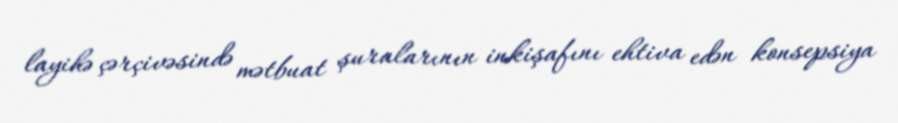
layihə çərçivəsində mətbuat şuralarının inkişafını ehtiva edən konsepsiya